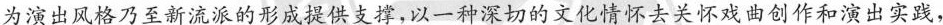
为演出风格乃至新流派的形成提供支撑，以一种深切的文化情怀去关怀戏曲创作和演出实践，